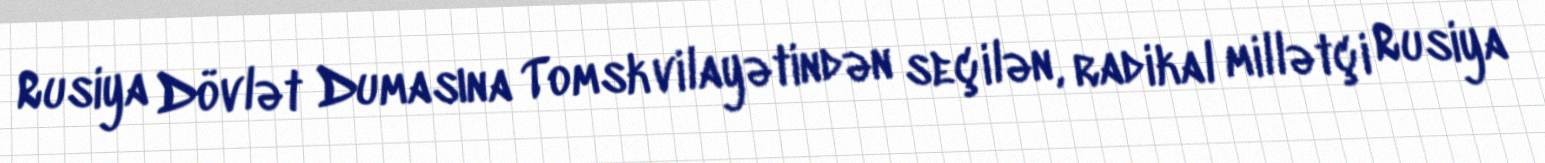
Rusiya Dövlət Dumasına Tomsk vilayətindən seçilən, radikal millətçi Rusiya